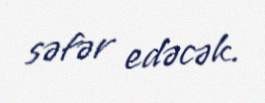
səfər edəcək.